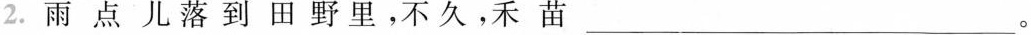
2.雨点儿落到田野里，不久，禾苗___。